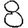
Digit: 8